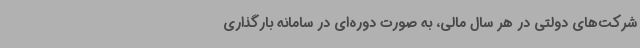
شرکت‌های دولتی در هر سال مالی، به صورت دوره‌ای در سامانه بارگذاری